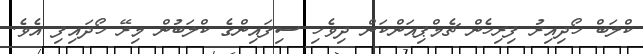
ކްލަބް ހޯދިއިރު ފިރިހެން ޗެމްޕިއަންކަން ދިވެހި ސިފައިންގެ ކްލަބުން މިރޭ ހޯދައިފި އެވެ.